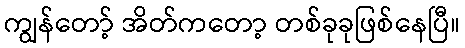
ကျွန်တော့် အိတ်ကတော့ တစ်ခုခုဖြစ်နေပြီ။